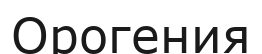
Орогения